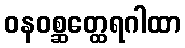
ဝနဝစ္ဆတ္ထေရဂါထာ